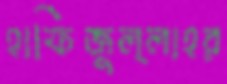
হাফিজুল্লাহর